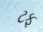
ટફ